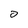
Character: 0